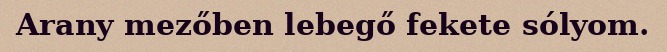
Arany mezőben lebegő fekete sólyom.